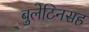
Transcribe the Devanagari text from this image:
बुलेटिनसह